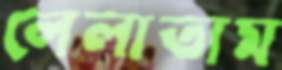
লেলাতাম